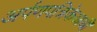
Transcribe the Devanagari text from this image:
अर्पणपत्रिकेआधी